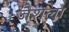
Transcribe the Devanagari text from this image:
जैशला